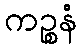
ကဉ္စနံ